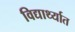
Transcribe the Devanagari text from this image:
विद्यार्थ्यात